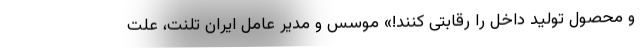
و محصول تولید داخل را رقابتی کنند!» موسس و مدیر عامل ایران تلنت، علت